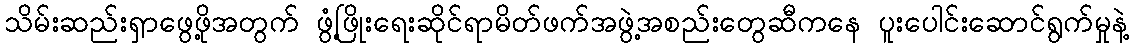
သိမ်းဆည်းရှာဖွေဖို့အတွက် ဖွံ့ဖြိုးရေးဆိုင်ရာမိတ်ဖက်အဖွဲ့အစည်းတွေဆီကနေ ပူးပေါင်းဆောင်ရွက်မှုနဲ့